Sanitation, dispensaries and jails vaccination Rajputana 1922-1927 - 1922-1927
Year: 1922
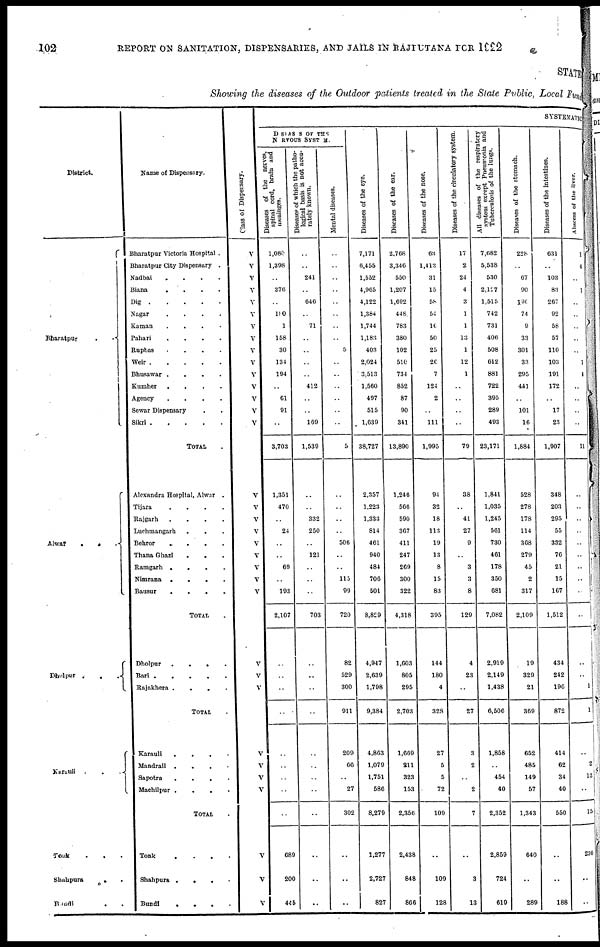
102
REPORT ON SANITATION, DISPENSARIES, AND JAILS IN RAJPUTANA FOR 1922
STATE
Showing the diseases of the Outdoor patients treated in the State Public, Local Fund
District.
Bharatpur..
Alwar...
Dholpur...
Karauli...
Tonk...
Shahpura..
Bundi..
Name of Dispensary.
Bharatpur Victoria Hospital.
Bharatpur City Dispensary.
Nadbai....
Biana....
Dig
Nagar....
Kaman....
Pahari....
Rupbas....
Weir
Bhusawar....
Kumher....
Agency....
Sewar Dispensary..
Sikri
TOTAL
Alexandra Hospital, Alwar.
Tijara....
Rajgarh....
Luchmangarh...
Behror....
Thana Ghazi...
Ramgarh....
Nimrana....
Bausur....
TOTAL.
Dholpur....
Bari
Rajakhera....
TOTAL.
Karauli....
Mandrail....
Sapotra....
Machilpur....
TOTAL.
Tonk....
Shahpura....
Bundi....
Class of Dispensary.
V
V
V
V
V
V
V
V
V
V
V
V
V
V
V
V
V
V
V
V
V
V
V
V
V
V
V
V
V
V
V
V
V
V
SYSTEMATIC
DISEASES OF THE
NURVOUS SYSTEM.
Diseases of the nerves,
spinal cord, brain and
meninges.
1,080
1,398
..
376
..
180
1
158
30
134
194
..
61
91
..
3,703
1,351
470
..
24
..
..
69
..
193
2,107
..
..
..
..
..
..
..
..
..
689
200
445
Diseases of which the patho-
logical basis is not accu-
rately known.
..
..
241
..
646
..
71
..
..
..
..
412
..
..
169
1,539
..
..
332
250
..
121
..
..
..
703
..
..
..
..
..
..
..
..
..
..
..
..
Mental diseases.
..
..
..
..
..
..
..
..
5
..
..
..
..
..
..
5
..
..
..
..
506
..
..
115
99
720
82
529
300
911
209
66
..
27
302
..
..
..
Diseases of the eye.
7,171
6,455
1,552
4,965
4,122
1,384
1,744
1,183
403
2,024
3,513
1,560
497
515
1,639
38,727
2,357
1,223
1,333
814
461
940
484
706
501
8,829
4,947
2,639
1,798
9,384
4,863
1,079
1,751
586
8,279
1,277
2,727
827
Diseases of the ear.
2,768
3,346
550
1,207
1,692
448
783
380
102
510
734
852
87
90
341
13,890
1,246
566
590
367
411
247
269
300
322
4,318
1,603
805
295
2,703
1,669
211
323
153
2,356
2,438
848
866
Diseases of the nose.
63
1,413
31
15
58
54
10
50
25
20
7
124
2
..
111
1,995
94
32
18
113
19
13
8
15
83
395
144
180
4
328
27
5
5
72
109
..
109
128
Diseases of the circulatory system.
17
2
24
4
3
1
1
13
1
12
1
..
..
..
..
79
38
..
41
27
9
..
3
3
8
129
4
23
..
27
3
2
..
2
7
..
3
13
All diseases of the respiratory
system except Pneumonia and
Tuberculosis of the lungs.
7,682
5,538
530
2,127
1,515
742
731
406
508
612
881
722
395
289
493
23,171
1,841
1,035
1,245
561
730
461
178
350
681
7,082
2,919
2,149
1,438
6,506
1,858
..
454
40
2,352
2,859
724
619
Diseases of the stomach.
228
..
67
90
190
74
9
33
301
33
295
441
..
101
16
1,884
528
278
178
114
368
279
45
2
317
2,109
19
329
21
369
652
485
149
57
1,343
640
..
289
Diseases of the intestines.
631
..
103
83
267
92
58
57
110
103
191
172
..
17
23
1,907
348
203
295
55
332
76
21
15
167
1,512
434
242
196
872
414
62
34
40
550
..
..
188
Abscess of the liver.
1
4
..
1
..
..
..
..
..
1
4
..
..
..
..
11
..
..
..
..
..
..
..
..
..
..
..
..
1
1
..
2
12
..
15
236
..
..